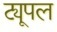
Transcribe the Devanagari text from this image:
ट्यूपल